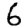
Digit: 6